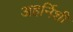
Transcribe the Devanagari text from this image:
अहर्निशी